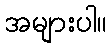
အများပါ။